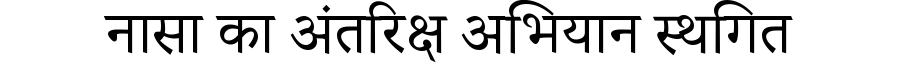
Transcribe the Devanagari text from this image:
नासा का अंतरिक्ष अभियान स्थगित